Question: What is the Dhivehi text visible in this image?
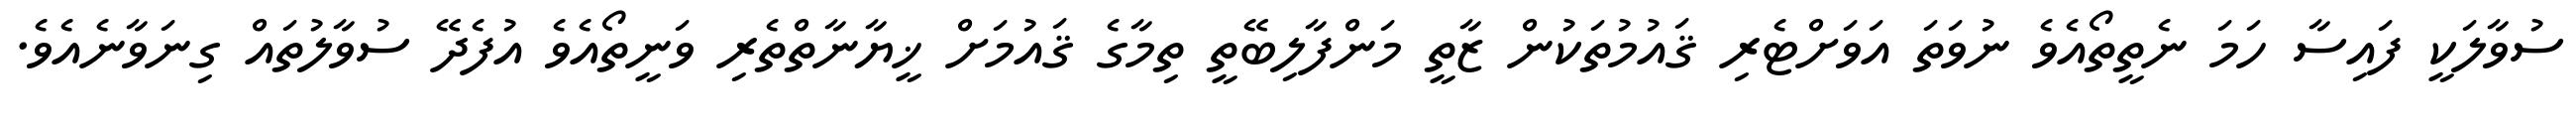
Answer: ސުވާލަކީ ފައިސާ ހަމަ ނެތީތޯއެވެ ނުވަތަ އަވަށްޓެރި ޤައުމުތަކުން ޒާތީ މަންފާލިބޭތީ ތިމާގެ ޤައުމަށް ޚީޔާނާތްތެރި ވަނީތޯއެވެ އުފެދޭ ސުވާލުތައް ގިނަވާނެއެވެ.